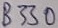
Text: B330